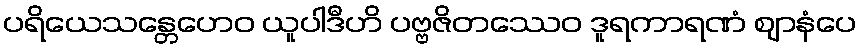
ပရိယေသန္တေဟေဝ ယူပါဒီဟိ ပဗ္ဗဇိတဿေဝ ဒူရကာရဏံ ဈာနံပေ